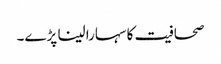
صحافیت کا سہارا لینا پڑے۔